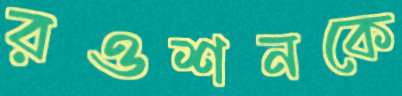
রওশনকে